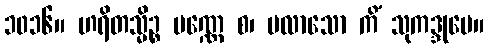
၁၀၁၆။ ဟရိတသ္မိဉ္စ ပဏ္ဏေ စ၊ ပလာသော ကိံ သုကဒ္ဒုမေ။